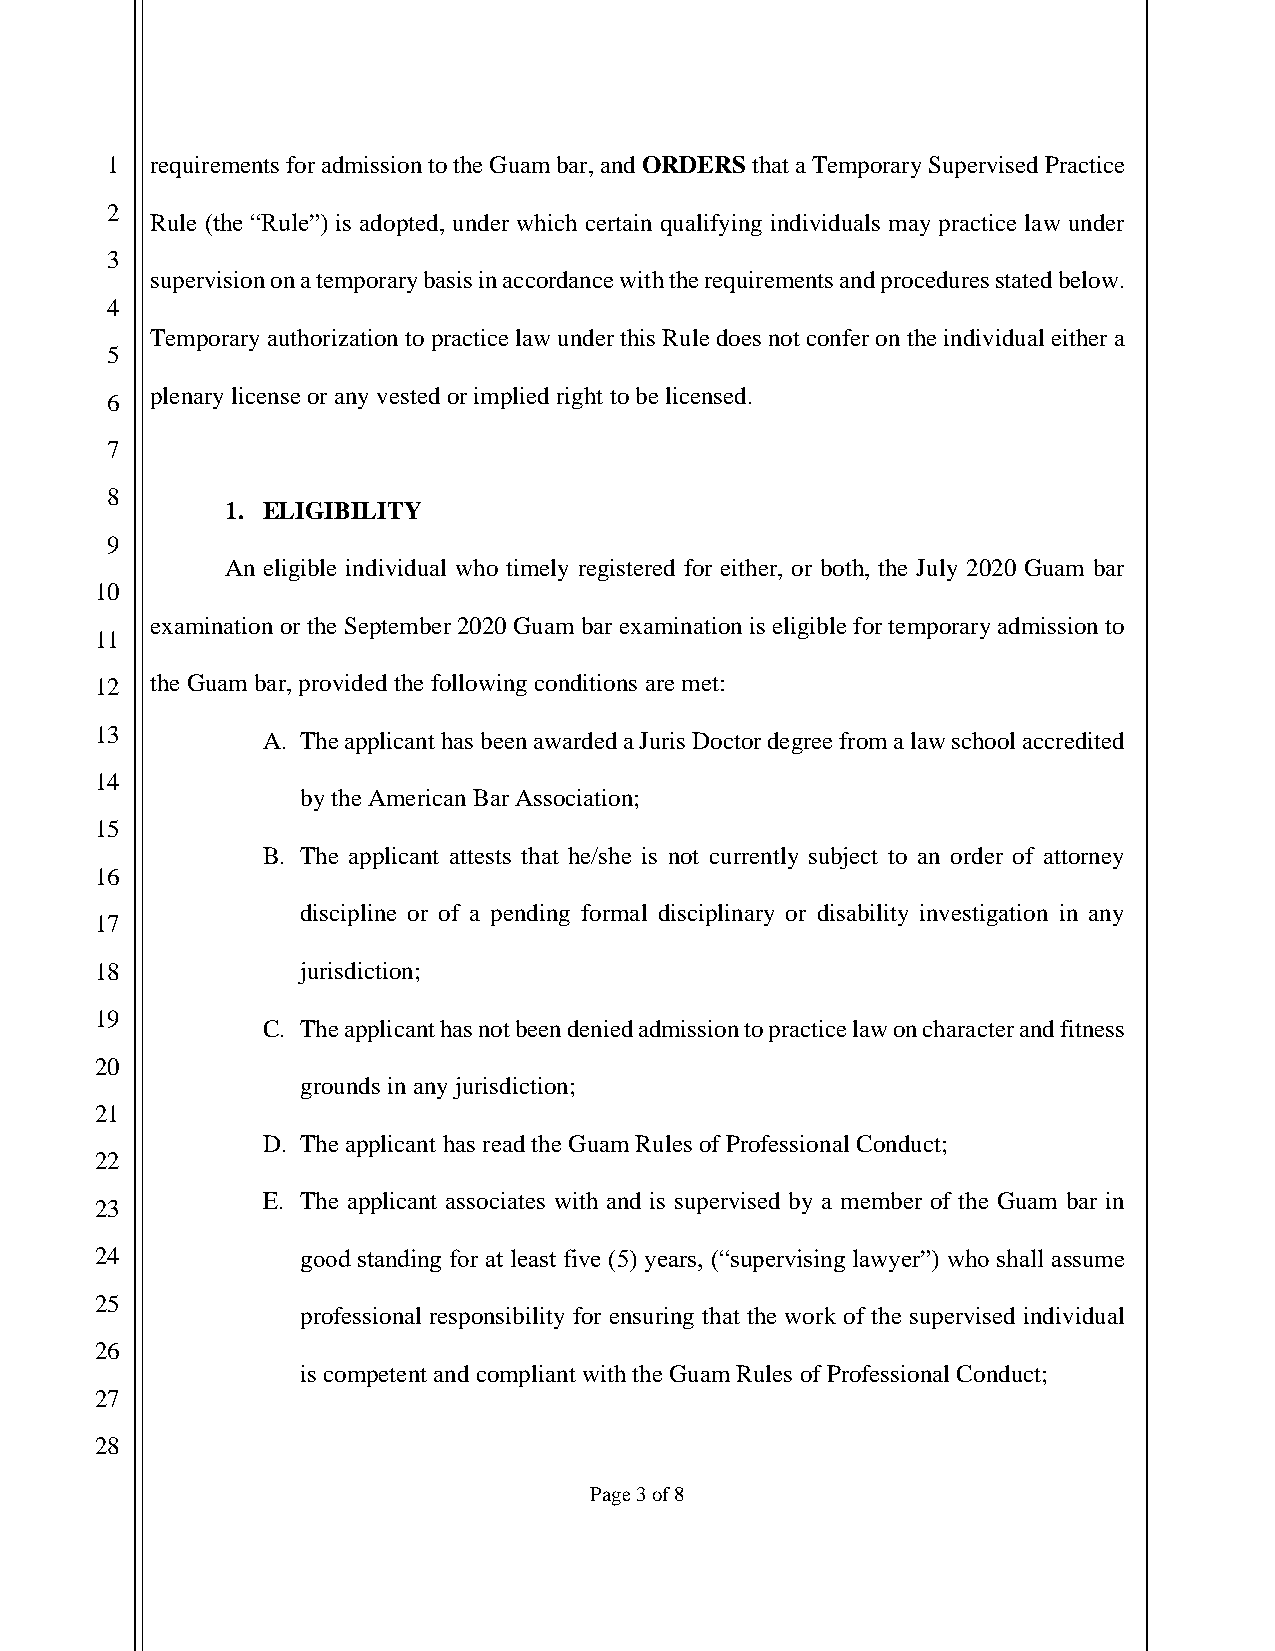
1  requirements for admission to the Guam bar, and ORDERS that a Temporary Supervised Practice
 2
 Rule (the “Rule”) is adopted, under which certain qualifying individuals may practice law under
 3
 supervision on a temporary basis in accordance with the requirements and procedures stated below.
 4
 Temporary authorization to practice law under this Rule does not confer on the individual either a
 5
 plenary license or any vested or implied right to be licensed.
 6
 7
 8
 1. ELIGIBILITY
 9
 An eligible individual who timely registered for either, or both, the July 2020 Guam bar
 10
 examination or the September 2020 Guam bar examination is eligible for temporary admission to
 11
 12  the Guam bar, provided the following conditions are met:
 13         A. The applicant has been awarded a Juris Doctor degree from a law school accredited
 14
 by the American Bar Association;
 15
 B. The applicant attests that he/she is not currently subject to an order of attorney
 16
 discipline or of a pending formal disciplinary or disability investigation in any
 17
 18            jurisdiction;
 19
 C. The applicant has not been denied admission to practice law on character and fitness
 20
 grounds in any jurisdiction;
 21
 D. The applicant has read the Guam Rules of Professional Conduct;
 22
 E. The applicant associates with and is supervised by a member of the Guam bar in
 23
 24            good standing for at least five (5) years, (“supervising lawyer”) who shall assume
 25
 professional responsibility for ensuring that the work of the supervised individual
 26
 is competent and compliant with the Guam Rules of Professional Conduct;
 27
 28
 Page 3 of 8